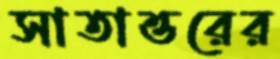
সাতাত্তরের